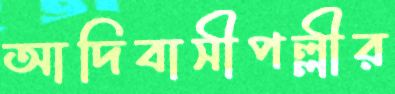
আদিবাসীপল্লীর